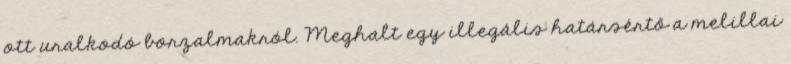
ott uralkodó borzalmakról. Meghalt egy illegális határsértő a melillai